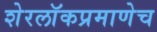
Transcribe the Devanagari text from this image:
शेरलाॅकप्रमाणेच